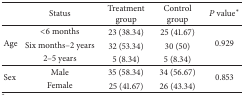
|  | Status | Treatment group | Control group | P value* |
 | --- | --- | --- | --- | --- |
 | <ROWSPAN=3> Age | <6 months | 23 (38.34) | 25 (41.67) | <ROWSPAN=3> 0.929 |
 | Six months–2 years | 32 (53.34) | 30 (50) |
 | 2–5 years | 5 (8.34) | 5 (8.34) |
 | <ROWSPAN=2> Sex | Male | 35 (58.34) | 34 (56.67) | <ROWSPAN=2> 0.853 |
 | Female | 25 (41.67) | 26 (43.34) |